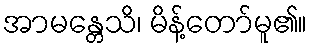
အာမန္တေသိ၊ မိန့်တော်မူ၏။